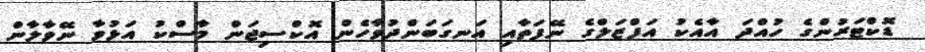
ޑޮކްޓަރުންގެ ހުއްދަ އާއެކު އަފްޒަލްގެ ނޭފަތާއި އަނގަބަންދުވާހެން އޮކްސިޖަން މާސްކު އަޅުވާ ނޭވާލާން